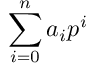
\sum _ { i = 0 } ^ { n } a _ { i } p ^ { i }